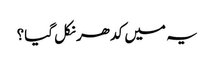
یہ میں کدھر نکل گیا؟